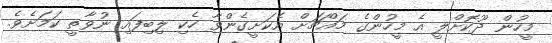
މީހުން ދޫކޮށްލީ އެ މީހުންގެ މައްޗަށް އެކަށީގެންވާ ހެކި ލިބިފައި ނުވާތީ ކަމަށެވެ.